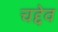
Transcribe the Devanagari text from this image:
चद्देव